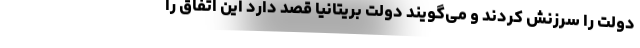
دولت را سرزنش کردند و می‌گویند دولت بریتانیا قصد دارد این اتفاق را